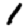
Digit: 1